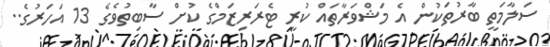
ސަލާމަތީ ބާރުތަކުން އެ މަޝްވަރާތައް ކުރީ ޓެރަރިޒަމްގެ ކުށް ސާބިތުވެގެ 13 އަހަރުގެ..